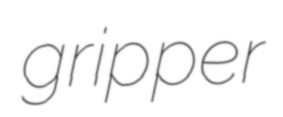
gripper